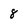
Character: 8